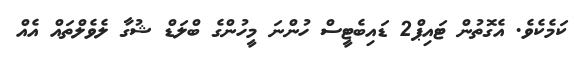
ކަމެކެވެ. އެގޮތުން ޓައިޕް2 ޑައިބެޓީސް ހުންނަ މީހުންގެ ބްލަޑް ޝުގާ ލެވެލްތައް އެއް